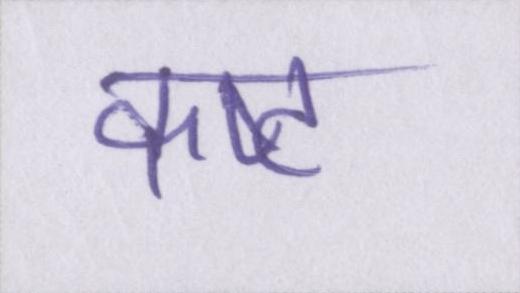
कष्ट